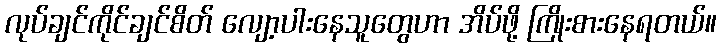
လုပ်ချင်ကိုင်ချင်စိတ် လျော့ပါးနေသူတွေဟာ အိပ်ဖို့ ကြိုးစားနေရတယ်။